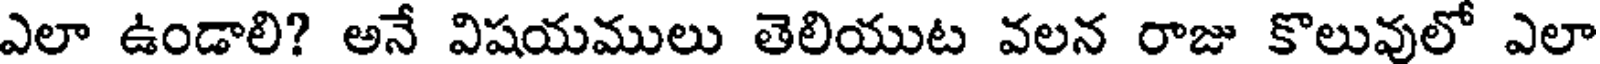
ఎలా ఉండాలి? అనే విషయములు తెలియుట వలన రాజు కొలువులో ఎలా